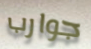
جوارب